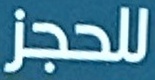
للحجز